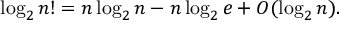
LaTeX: \log _ { 2 } n ! = n \log _ { 2 } n - n \log _ { 2 } e + O ( \log _ { 2 } n ) .